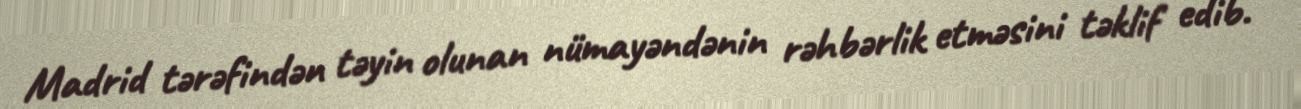
Madrid tərəfindən təyin olunan nümayəndənin rəhbərlik etməsini təklif edib.